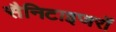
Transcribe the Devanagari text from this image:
सैनिटाइजरों